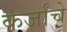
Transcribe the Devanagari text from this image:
कर्जांचे